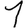
Digit: 1